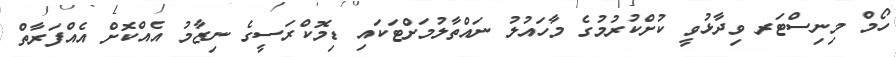
ހޯމް މިނިސްޓަރ ވިދާޅުވީ ކުށްކުރުމުގެ މާހައުލު ނައްތާލުމަށްޓަކައި ޑިމޮކްރަސީގެ ނިޒާމު އެއްކޮށް އެއްފަރާތް